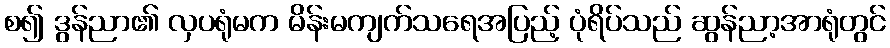
စ၍ ဒွန်ညာ၏ လှပရုံမက မိန်းမကျက်သရေအပြည့် ပုံရိပ်သည် ဆွန်ညာ့အာရုံတွင်